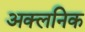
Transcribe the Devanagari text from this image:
अक्लनिक